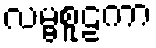
လမ္ဗစူဠကာ